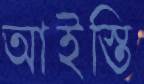
আইস্তি